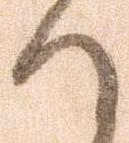
れ